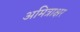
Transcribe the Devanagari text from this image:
अमित्राक्षर